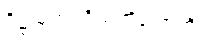
ဒိဋ္ဌသုတပရိသင်္ကိတောတိ